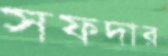
সফদার